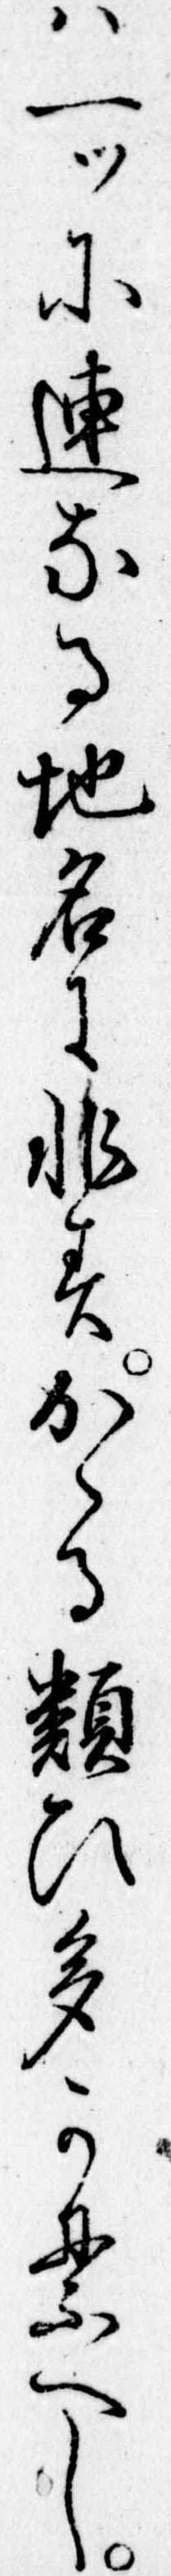
は一ツに連なる地名に非すかゝる類ひ多かるへし